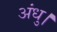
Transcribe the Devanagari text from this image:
अंधु।